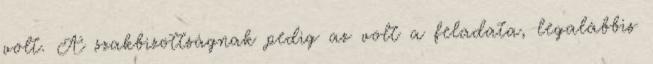
volt. A szakbizottságnak pedig az volt a feladata, legalábbis